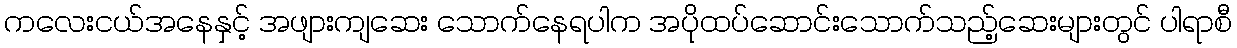
ကလေးငယ်အနေနှင့် အဖျားကျဆေး သောက်နေရပါက အပိုထပ်ဆောင်းသောက်သည့်ဆေးများတွင် ပါရာစီ